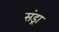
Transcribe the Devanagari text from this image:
संड्रा